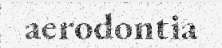
aerodontia